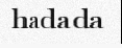
hadada